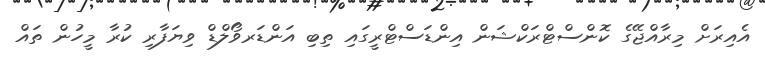
އެއިރަށް މިރާއްޖޭގެ ކޮންސްޓްރަކްޝަން އިންޑަސްޓްރީގައި ތިބި އަންޑަރވޯލްޑް ވިޔަފާރި ކުރާ މީހުން ތައް